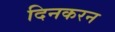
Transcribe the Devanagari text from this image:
दिनकरन